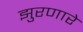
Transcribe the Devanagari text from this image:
झुरणारे